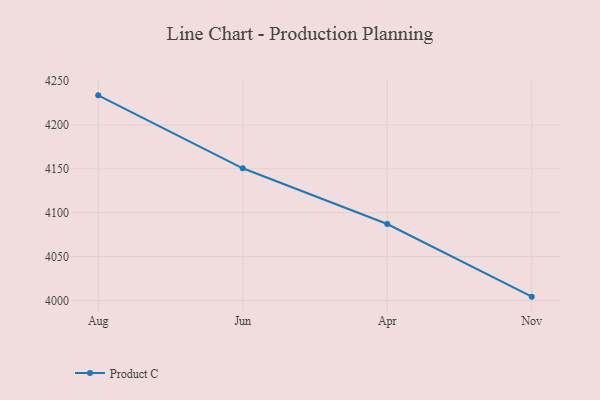
{"axis": {"x": "Month", "y": "Energy Usage (MWh)"}, "legend": ["Product C"], "data": [{"x": "Aug", "y": 4233.6, "type": "Product C"}, {"x": "Jun", "y": 4150.6, "type": "Product C"}, {"x": "Apr", "y": 4087.2, "type": "Product C"}, {"x": "Nov", "y": 4004.5, "type": "Product C"}]}